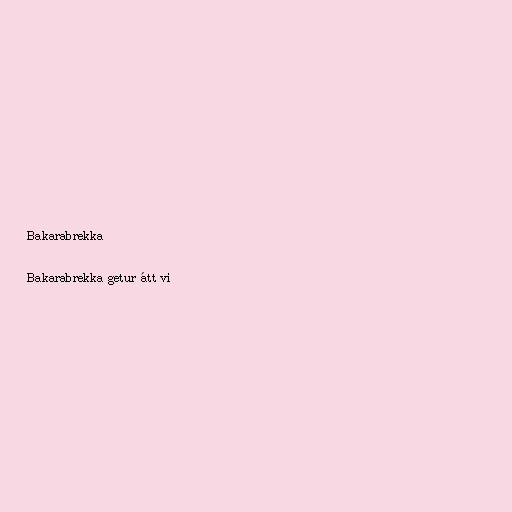
Bakarabrekka

Bakarabrekka getur átt við